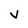
Character: v